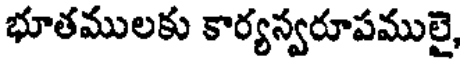
భూతములకు కార్యస్వరూపములై,